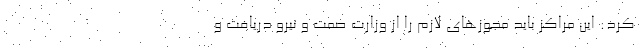
کرد: این مراکز باید مجوز‌های لازم را از وزارت صمت و نیرو دریافت و